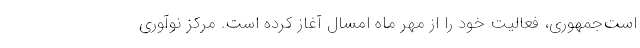
است‌جمهوری، فعالیت خود را از مهر ماه امسال آغاز کرده است. مرکز نوآوری